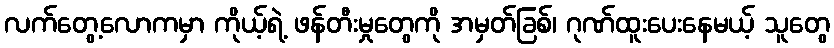
လက်တွေ့လောကမှာ ကိုယ့်ရဲ့ ဖန်တီးမှုတွေကို အမှတ်ခြစ်၊ ဂုဏ်ထူးပေးနေမယ့် သူတွေ